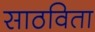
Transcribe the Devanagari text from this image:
साठविता